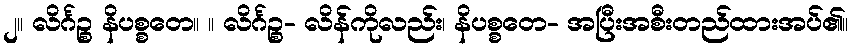
၂။ လိင်္ဂဉ္စ နိပစ္စတေ။ ။ လိင်္ဂဉ္စ- လိန်ကိုလည်း၊ နိပစ္စတေ- အပြီးအစီးတည်ထားအပ်၏။